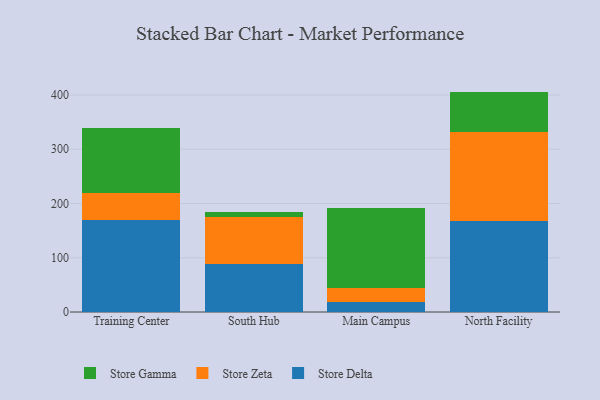
{"axis": {"x": "Campus", "y": "Net Income (USD K)"}, "legend": ["Store Delta", "Store Gamma", "Store Zeta"], "data": [{"x": "Training Center", "y": 170.3, "type": "Store Delta"}, {"x": "Training Center", "y": 49.8, "type": "Store Zeta"}, {"x": "Training Center", "y": 118.8, "type": "Store Gamma"}, {"x": "South Hub", "y": 87.7, "type": "Store Delta"}, {"x": "South Hub", "y": 86.6, "type": "Store Zeta"}, {"x": "South Hub", "y": 9.3, "type": "Store Gamma"}, {"x": "Main Campus", "y": 18.1, "type": "Store Delta"}, {"x": "Main Campus", "y": 26.6, "type": "Store Zeta"}, {"x": "Main Campus", "y": 146.9, "type": "Store Gamma"}, {"x": "North Facility", "y": 167.2, "type": "Store Delta"}, {"x": "North Facility", "y": 165.4, "type": "Store Zeta"}, {"x": "North Facility", "y": 73.7, "type": "Store Gamma"}]}